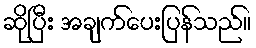
ဆိုပြီး အချက်ပေးပြန်သည်။